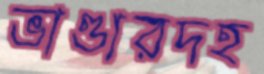
ভাণ্ডারদহ